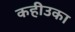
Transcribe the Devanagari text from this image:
कहीउका